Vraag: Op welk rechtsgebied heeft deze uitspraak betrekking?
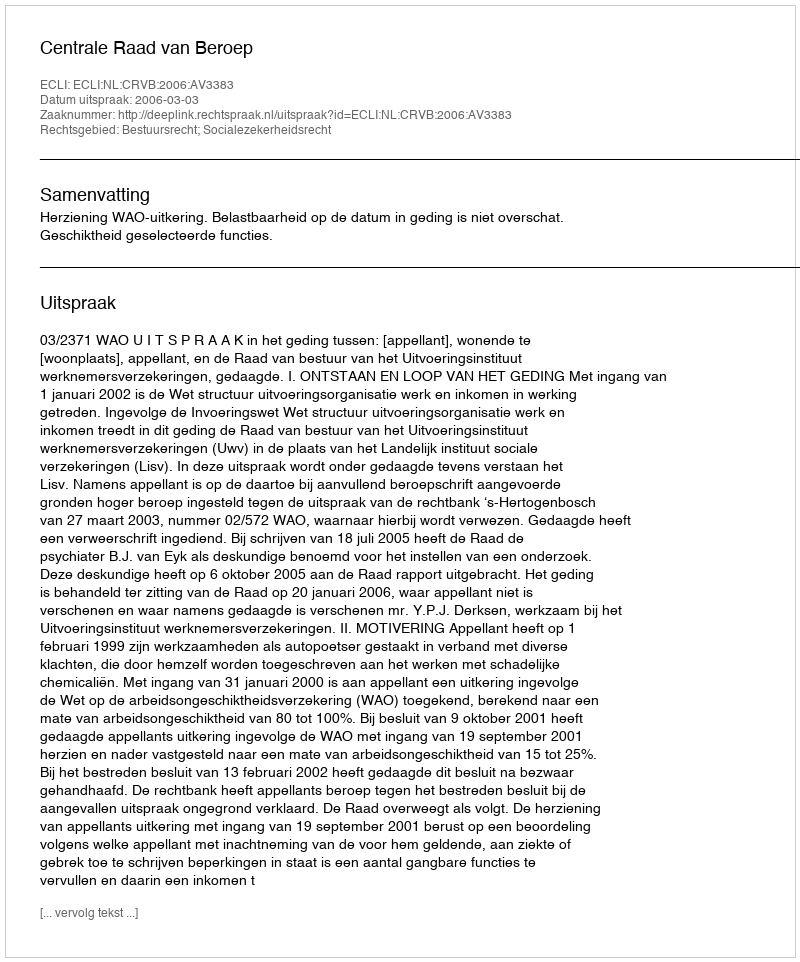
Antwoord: Bestuursrecht; Socialezekerheidsrecht